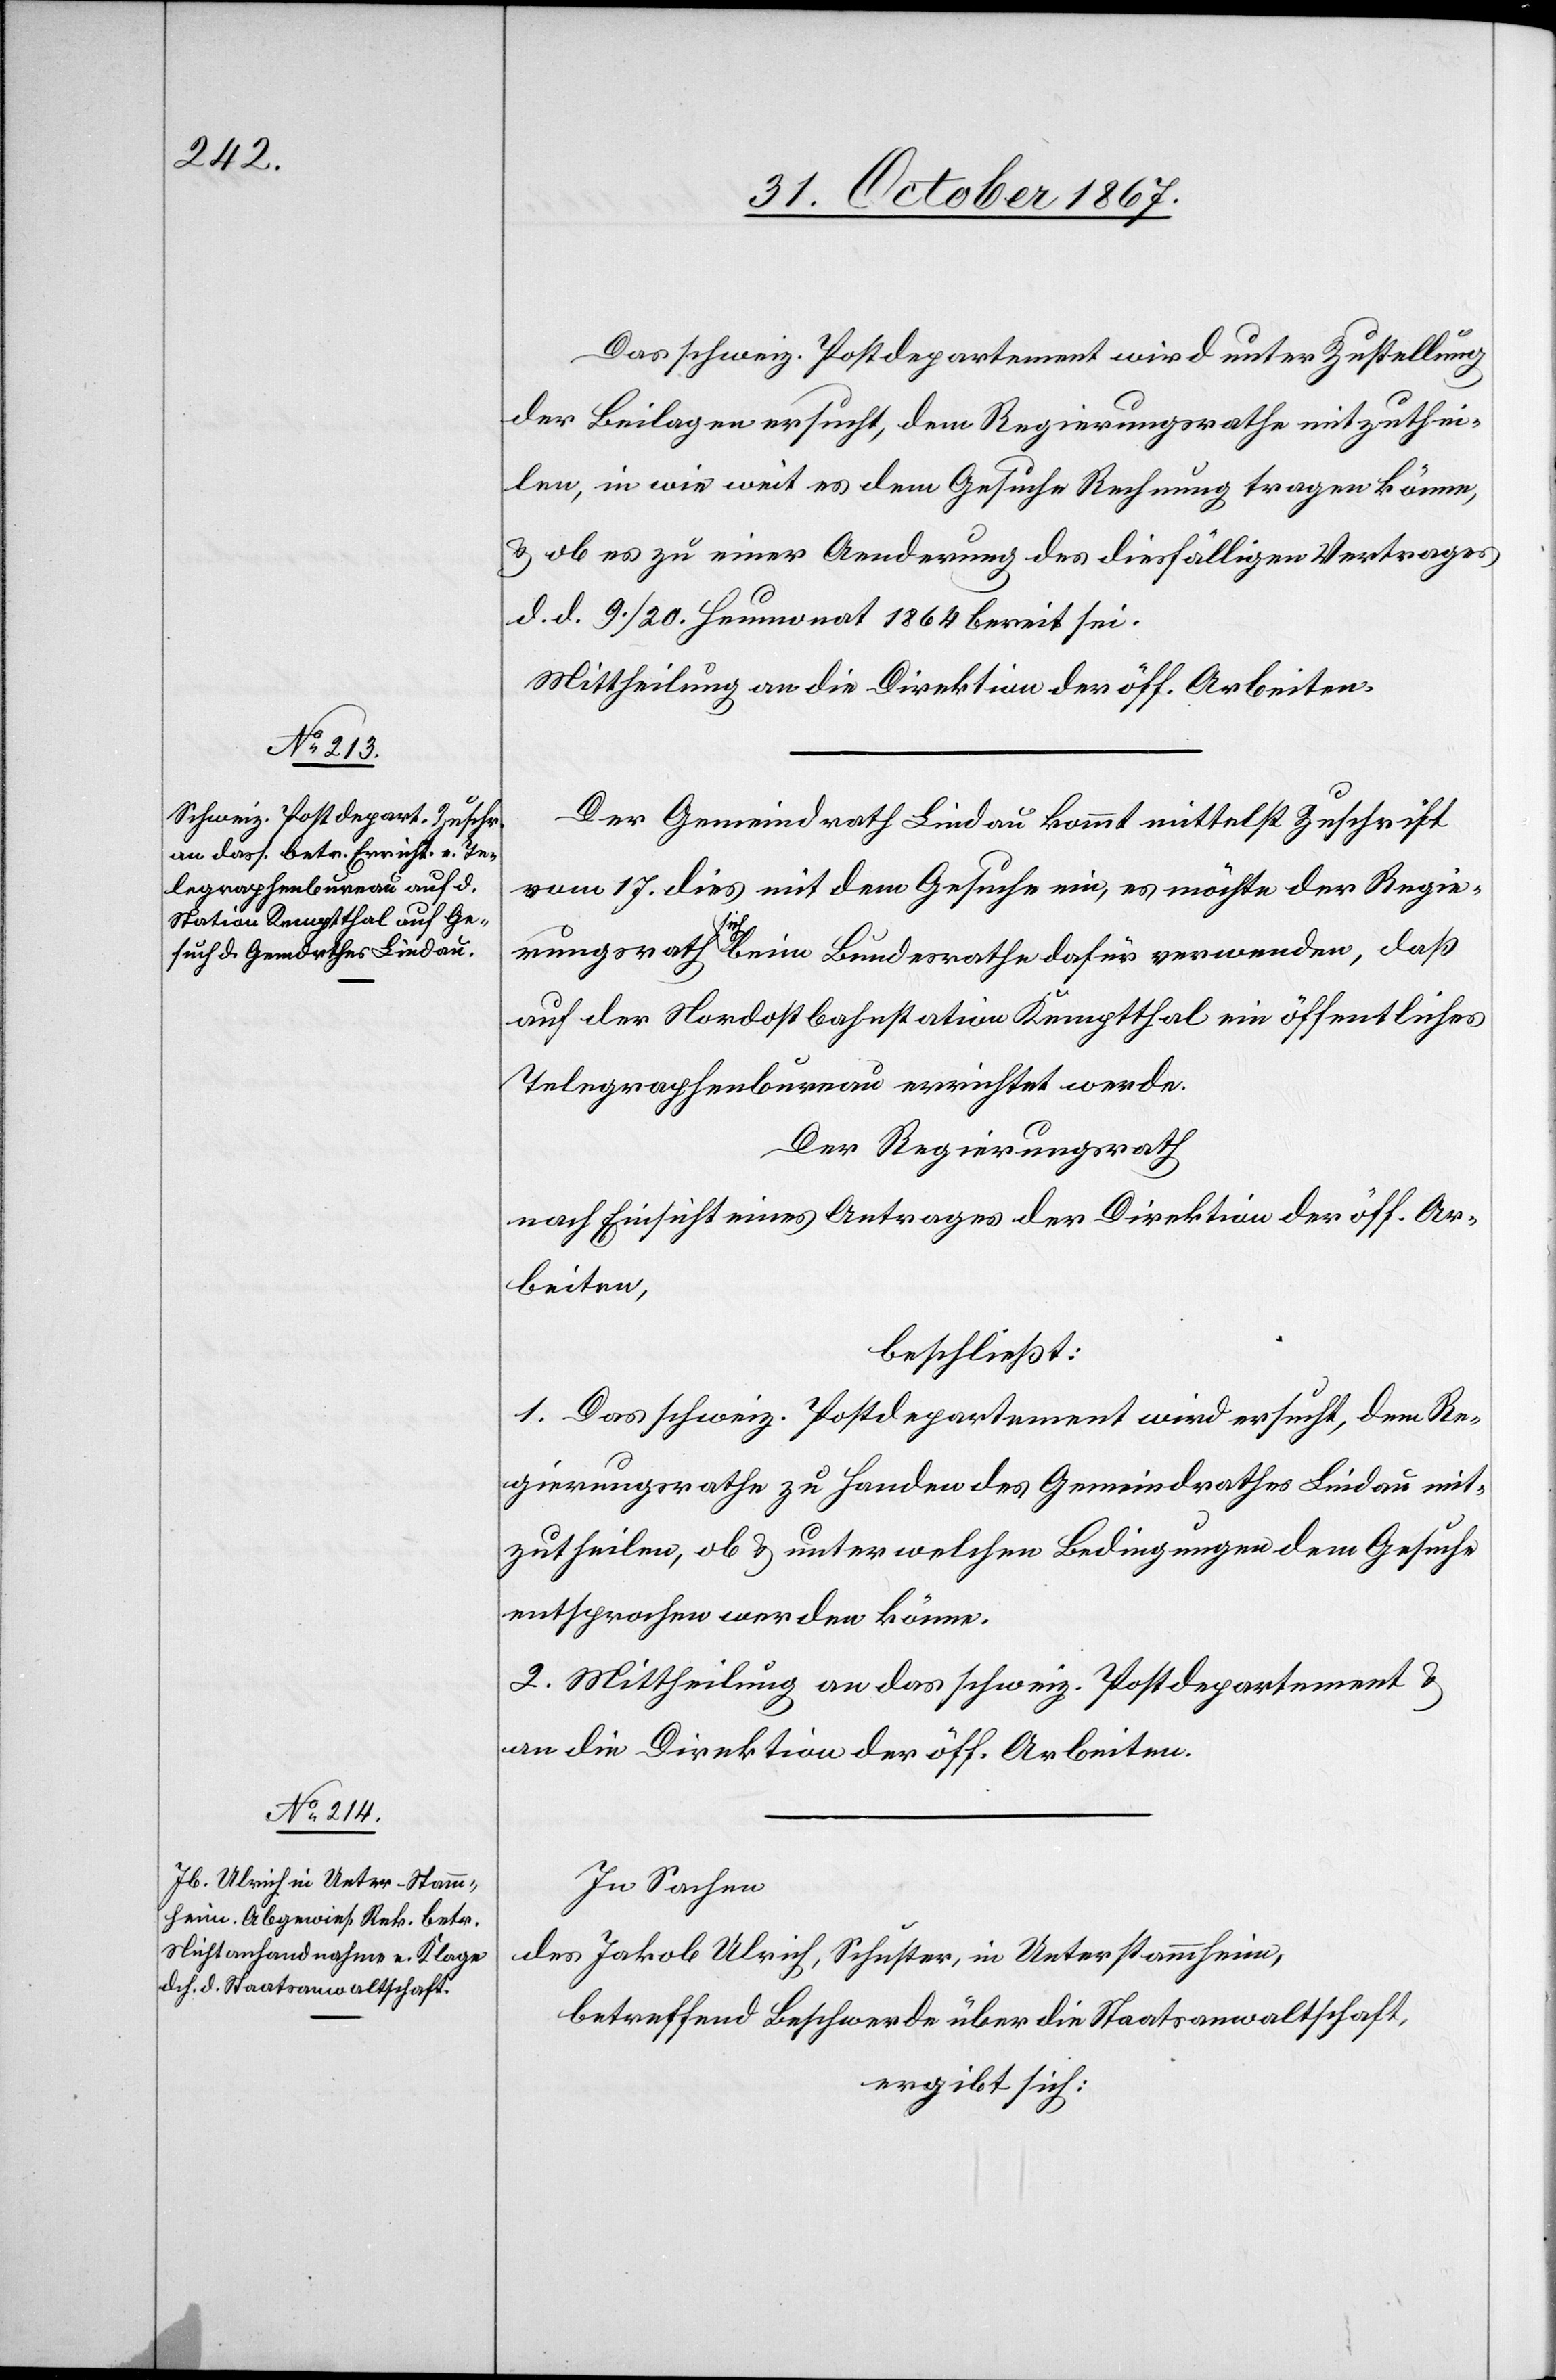
Das schweiz. Postdepartement wird unter Zustellung
der Beilagen ersucht, dem Regierungsrathe mitzuthei¬
len, in wie weit es dem Gesuche Rechnung tragen könne,
u. ob es zu einer Aenderung des diesfälligen Vertrages
d. d. 9./20. Heumonat 1864 bereit sei.
Mittheilung an die Direktion der öff. Arbeiten.
Der Gemeindrath Lindau kommt mittelst Zuschrift
vom 17. dies mit dem Gesuche ein, es möchte der Regie¬
rungsrath sich beim Bundesrathe dafür verwenden, daß
auf der Nordostbahnstation Kemptthal ein öffentliches
Telegraphenbureau errichtet werde.
Der Regierungsrath,
nach Einsicht eines Antrages der Direktion der öff. Ar¬
beiten,
beschließt:
1. Das schweiz. Postdepartement wird ersucht, dem Re¬
gierungsrathe zu Handen des Gemeindrathes Lindau mit¬
zutheilen, ob u. unter welchen Bedingungen dem Gesuche
entsprochen werden könne.
2. Mittheilung an das schweiz. Postdepartement u.
an die Direktion der öff. Arbeiten.
In Sachen
des Jakob Ulrich, Schuster, in Unterstammheim,
betreffend Beschwerde über die Staatsanwaltschaft,
ergibt sich: